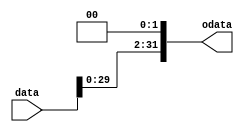
module Left2(data,odata);
 input [31:0] data;
 output reg [31:0] odata;

 always @(data)
 begin
    odata[31:2]<=data[29:0];
  odata[1:0]<=2'b00;
 end
endmodule